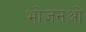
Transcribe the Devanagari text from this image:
भोजनओ